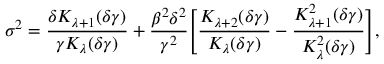
\sigma ^ { 2 } = \frac { \delta K _ { \lambda + 1 } ( \delta \gamma ) } { \gamma K _ { \lambda } ( \delta \gamma ) } + \frac { \beta ^ { 2 } \delta ^ { 2 } } { \gamma ^ { 2 } } \Bigg [ \frac { K _ { \lambda + 2 } ( \delta \gamma ) } { K _ { \lambda } ( \delta \gamma ) } - \frac { K _ { \lambda + 1 } ^ { 2 } ( \delta \gamma ) } { K _ { \lambda } ^ { 2 } ( \delta \gamma ) } \Bigg ] ,